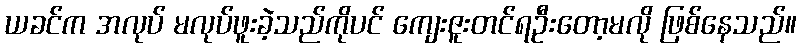
ယခင်က အလုပ် မလုပ်ဖူးခဲ့သည်ကိုပင် ကျေးဇူးတင်ရဦးတော့မလို ဖြစ်နေသည်။